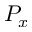
P _ { x }